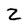
Character: Z